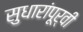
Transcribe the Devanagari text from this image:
सुधारांपूर्वी